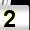
Digit: 2